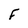
Character: F